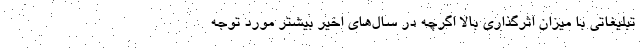
تبلیغاتی با میزان اثرگذاری بالا اگرچه در سال‌های اخیر بیشتر مورد توجه